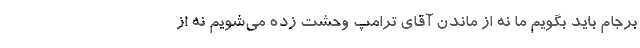
برجام باید بگویم ما نه از ماندن آقای ترامپ وحشت زده می‌شویم نه از